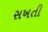
સખતી